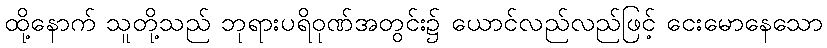
ထို့နောက် သူတို့သည် ဘုရားပရိဝုဏ်အတွင်း၌ ယောင်လည်လည်ဖြင့် ငေးမောနေသော